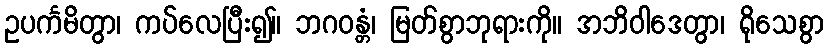
ဥပင်္ကမိတွာ၊ ကပ်လေပြီး၍။ ဘဂဝန္တံ၊ မြတ်စွာဘုရားကို။ အဘိဝါဒေတွာ၊ ရိုသေစွာ